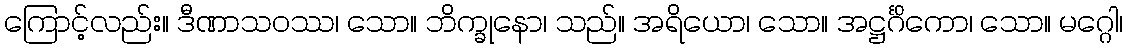
ကြောင့်လည်း။ ဒီဏာသဝဿ၊ သော။ ဘိက္ခုနော၊ သည်။ အရိယော၊ သော။ အဋ္ဌင်္ဂိကော၊ သော။ မဂ္ဂေါ၊